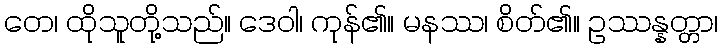
တေ၊ ထိုသူတို့သည်။ ဒေဝါ၊ ကုန်၏။ မနဿ၊ စိတ်၏။ ဥဿန္နတ္တာ၊